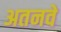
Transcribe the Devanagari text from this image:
अतनवें